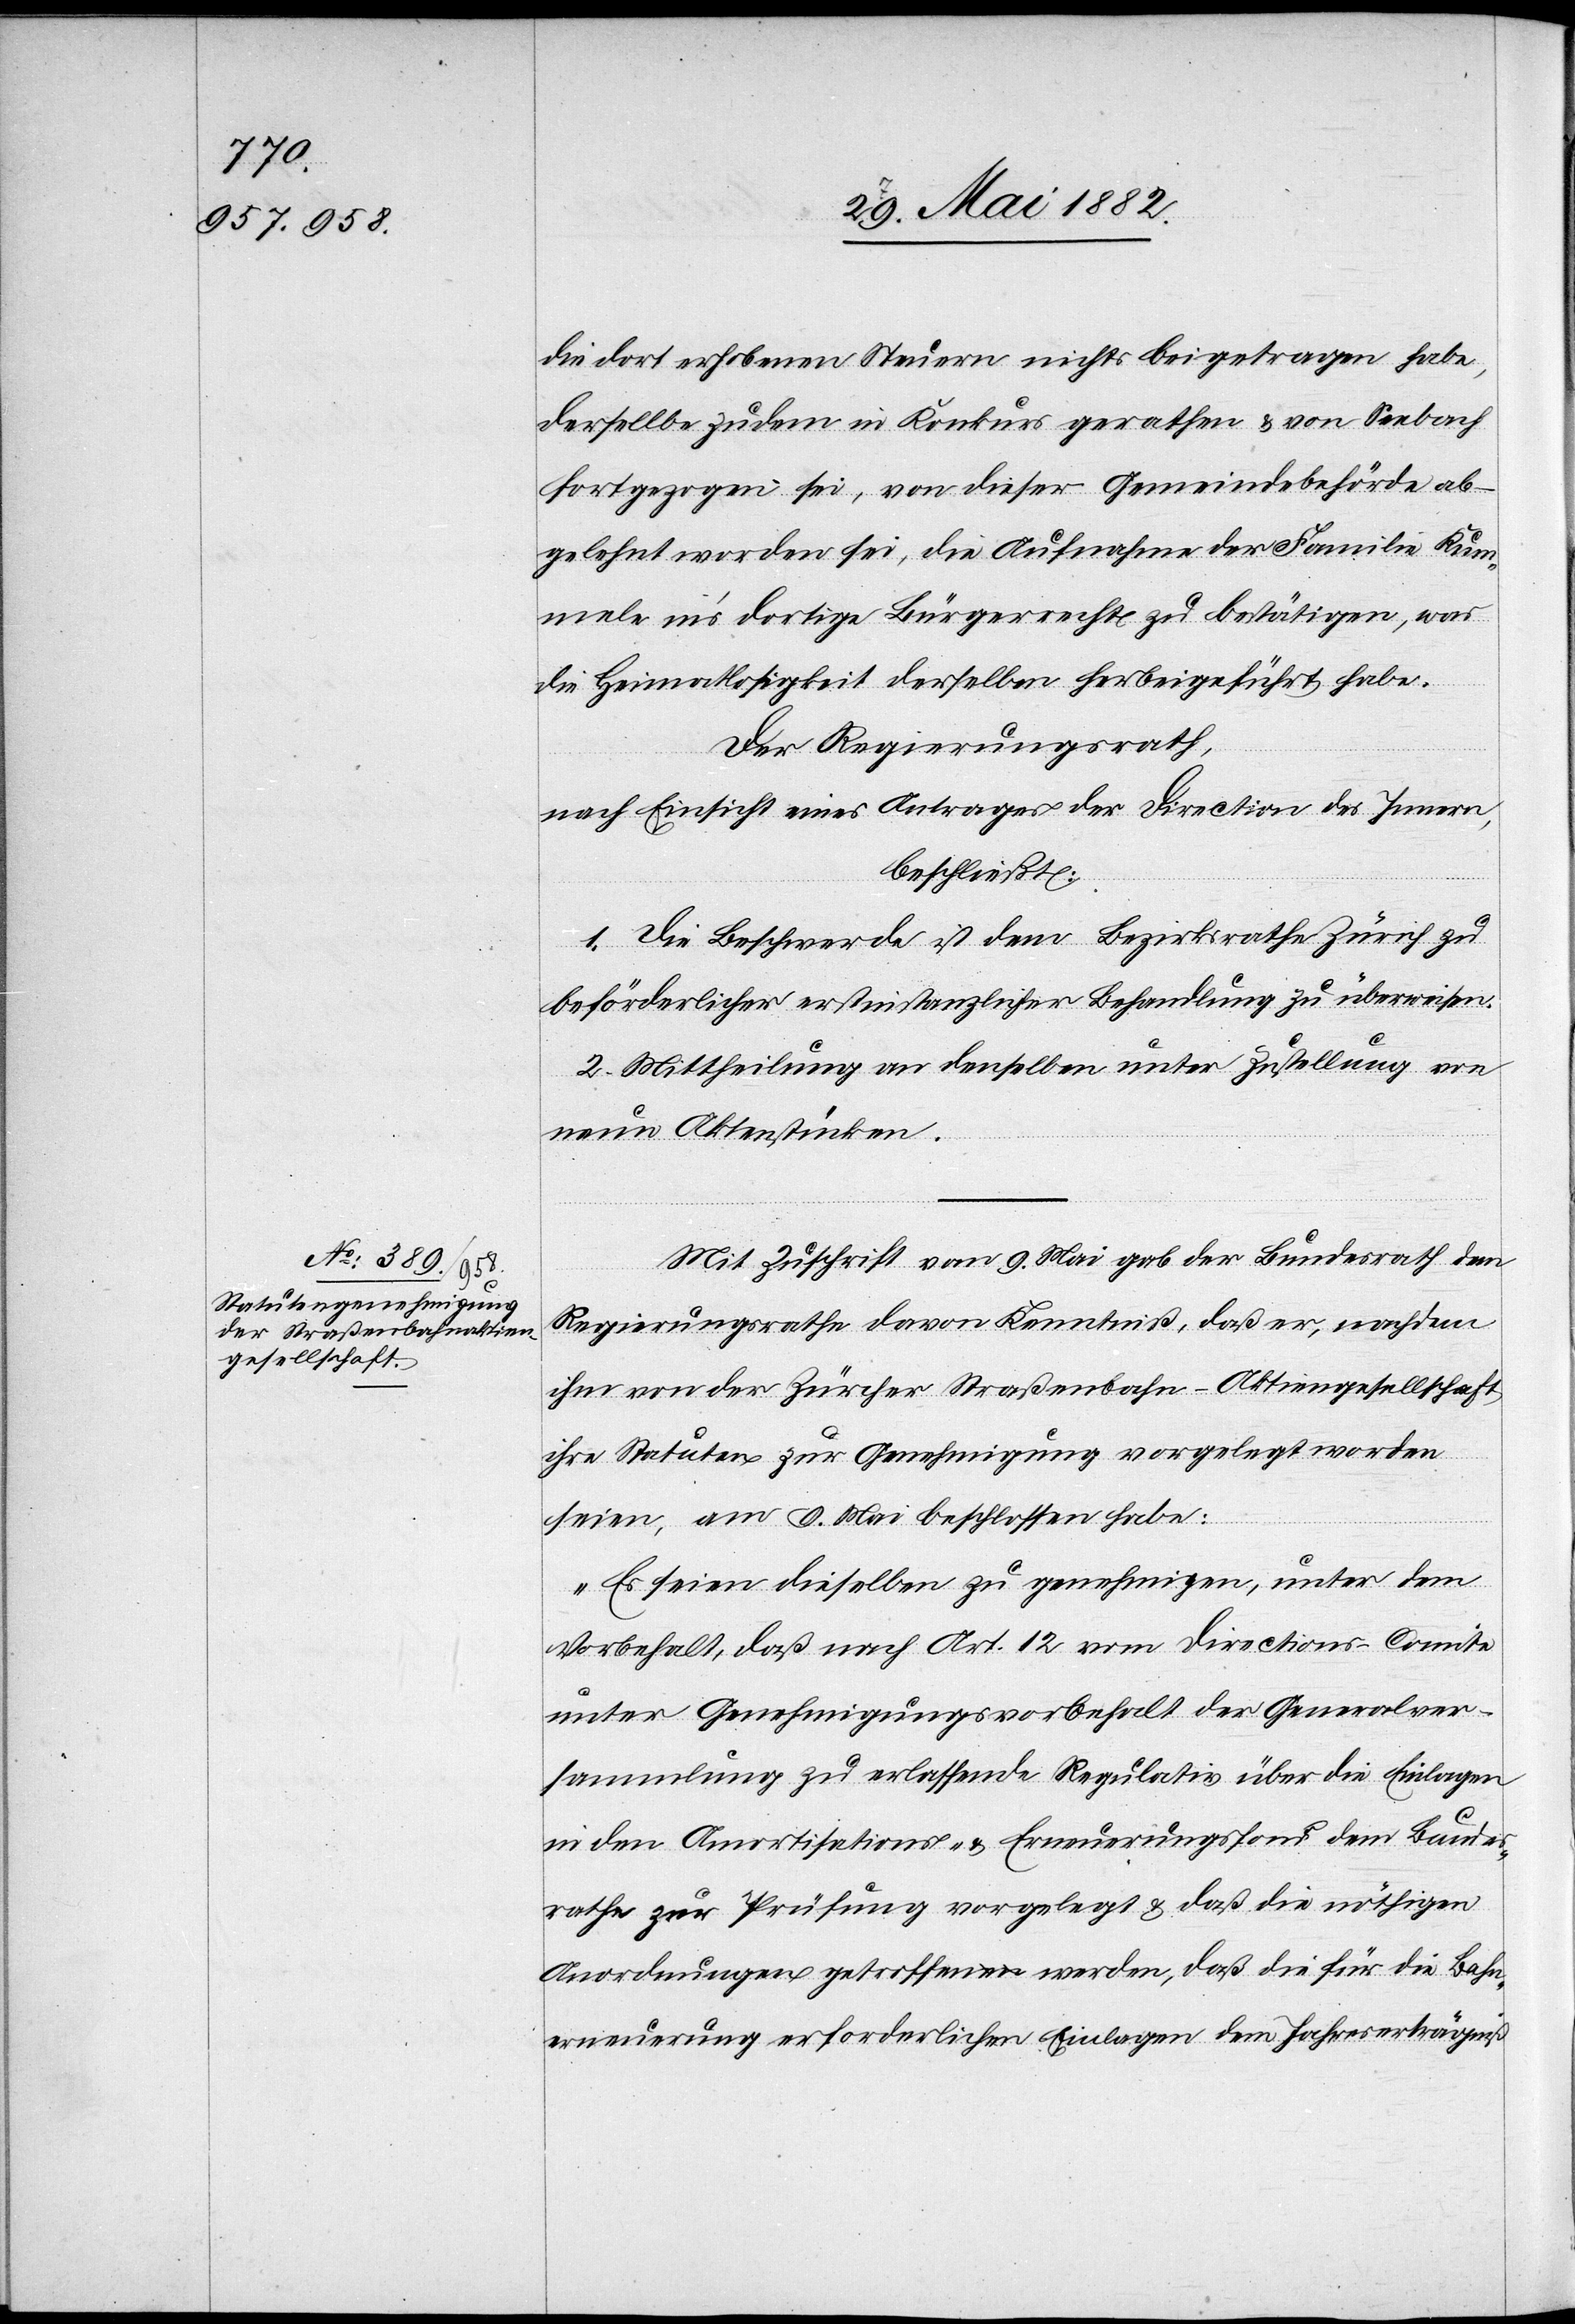
die dort erhobenen Steuern nichts beigetragen habe,
derselbe zudem in Konkurs gerathen & von Seebach
fortgezogen sei, von dieser Gemeindebehörde ab¬
gelehnt worden sei, die Aufnahme der Familie Kum¬
mele in’s dortige Bürgerrecht zu bestätigen, was
die Heimatlosigkeit derselben herbeigeführt habe.
Der Regierungsrath,
nach Einsicht eines Antrages der Direction des Innern,
beschließt:
1. Die Beschwerde ist dem Bezirksrathe Zürich zu
beförderlicher erstinstanzlicher Behandlung zu überweisen.
2. Mittheilung an denselben unter Zustellung von
neuen Aktenstücken.
Mit Zuschrift vom 9. Mai gab der Bundesrath dem
Regierungsrathe davon Kenntniß, daß er, nachdem
ihm von der Zürcher Straßenbahn-Aktiengesellschaft
ihre Statuten zur Genehmigung vorgelegt worden
seien, am 9. Mai beschlossen habe:
„Es seien dieselben zu genehmigen, unter dem
Vorbehalt, daß [das] nach Art. 12 vom Directions-Comite
unter Genehmigungsvorbehalt der Generalver¬
sammlung zu erlassende Regulativ über die Einlagen
in den Amortisations- & Erneuerungsfond dem Bundes¬
rathe zur Prüfung vorgelegt & daß die nöthigen
Anordnungen getroffen werden, daß die für die Bahn¬
erneuerung erforderlichen Einlagen dem Jahreserträgniß